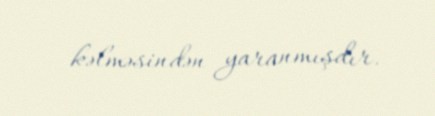
kəlməsindən yaranmışdır.